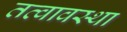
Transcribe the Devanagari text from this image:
तत्वावस्था